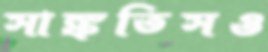
সাঙ্কতিসও